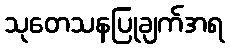
သုတေသနပြုချက်အရ